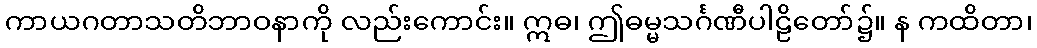
ကာယဂတာသတိဘာဝနာကို လည်းကောင်း။ ဣဓ၊ ဤဓမ္မသင်္ဂဏီပါဠိတော်၌။ န ကထိတာ၊